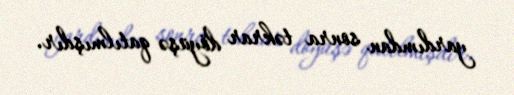
yardımdan sonra təkrar döyüşə qatılmışdır.